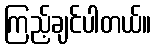
ကြည့်ချင်ပါတယ်။